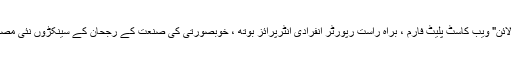
ایک ہی وقت میں ، روایتی نمائش کی بنیاد پر ، ہم آہنگی سے منسلک "ویبو آن لائن" ویب کاسٹ پلیٹ فارم ، براہ راست رپورٹر انفرادی انٹرپرائز بوتھ ، خوبصورتی کی صنعت کے رجحان کے سینکڑوں نئی ​​مصنوعات کو منتخب کریں ، ایک خوبصورتی کی صنعت کی زندہ تقریب کھولیں!